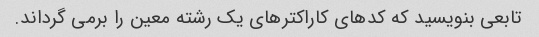
تابعی بنویسید که کدهای کاراکترهای یک رشته معین را برمی گرداند.